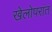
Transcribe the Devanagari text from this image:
खेलोपरांत